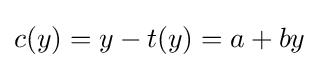
c(y)=y-t(y)=a+by